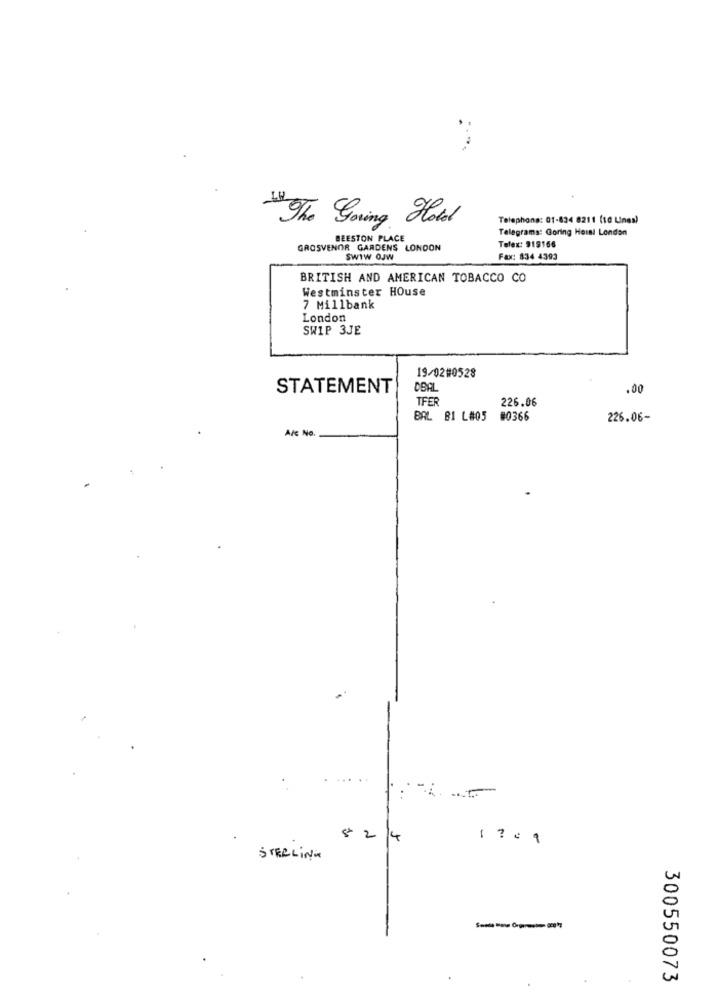
Telephone: 01-834 8211 (10 Lines)
The Goring Hotel
Telegrams: Goring Hoial London
BEESTON PLACE
GROSVENOR GARDENS LONDON
Telex: 319166
SWIW OJW
Fax: 834 4393
BRITISH AND AMERICAN TOBACCO CO
Westminster House
7 Millbank
London
SWIP 3JE
19/02#0528
STATEMENT
.00
TFER
226.06
BAL B1 L#05
#0366
226.06-
A/c No.
524
STERLING
300550073